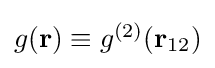
\textstyle g(\mathbf {r} )\equiv g^{(2)}(\mathbf {r} _{12})